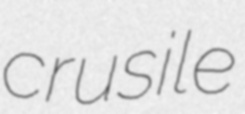
crusile